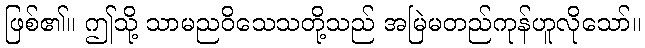
ဖြစ်၏။ ဤသို့ သာမညဝိသေသတို့သည် အမြဲမတည်ကုန်ဟူလိုသော်။